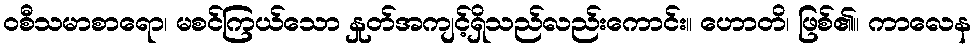
ဝစီသမာစာရော၊ မစင်ကြယ်သော နှုတ်အကျင့်ရှိသည်လည်းကောင်း။ ဟောတိ၊ ဖြစ်၏။ ကာလေန